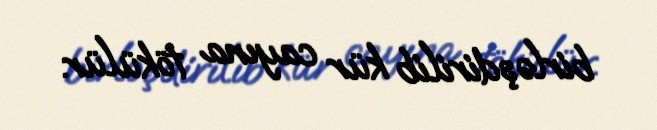
birləşdirilib kür cayına tökülür.